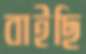
বাইছি